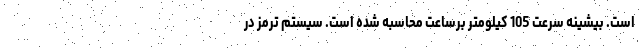
است. بیشینه سرعت 105 کیلومتر برساعت محاسبه شده است. سیستم ترمز در